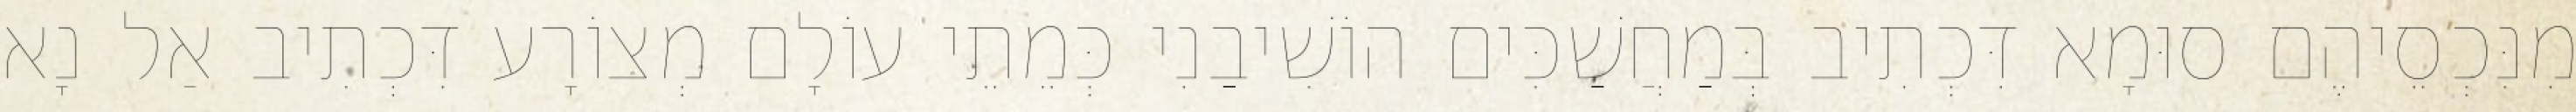
מִנִּכְסֵיהֶם סוּמָא דִּכְתִיב בְּמַחֲשַׁכִּים הוֹשִׁיבַנִי כְּמֵתֵי עוֹלָם מְצוֹרָע דִּכְתִיב אַל נָא